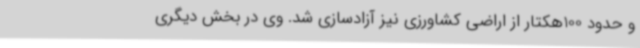
و حدود 100هکتار از اراضی کشاورزی نیز آزادسازی شد. وی در بخش دیگری